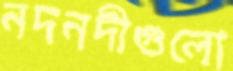
নদনদীগুলো